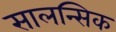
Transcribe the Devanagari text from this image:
सालन्सिक